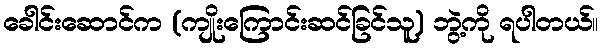
ခေါင်းဆောင်က (ကျိုးကြောင်းဆင်ခြင်သူ) ဘွဲ့ကို ရပါတယ်။